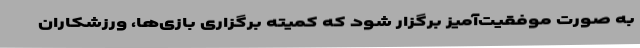
به صورت موفقیت‌آمیز برگزار شود که کمیته برگزاری بازی‌ها، ورزشکاران